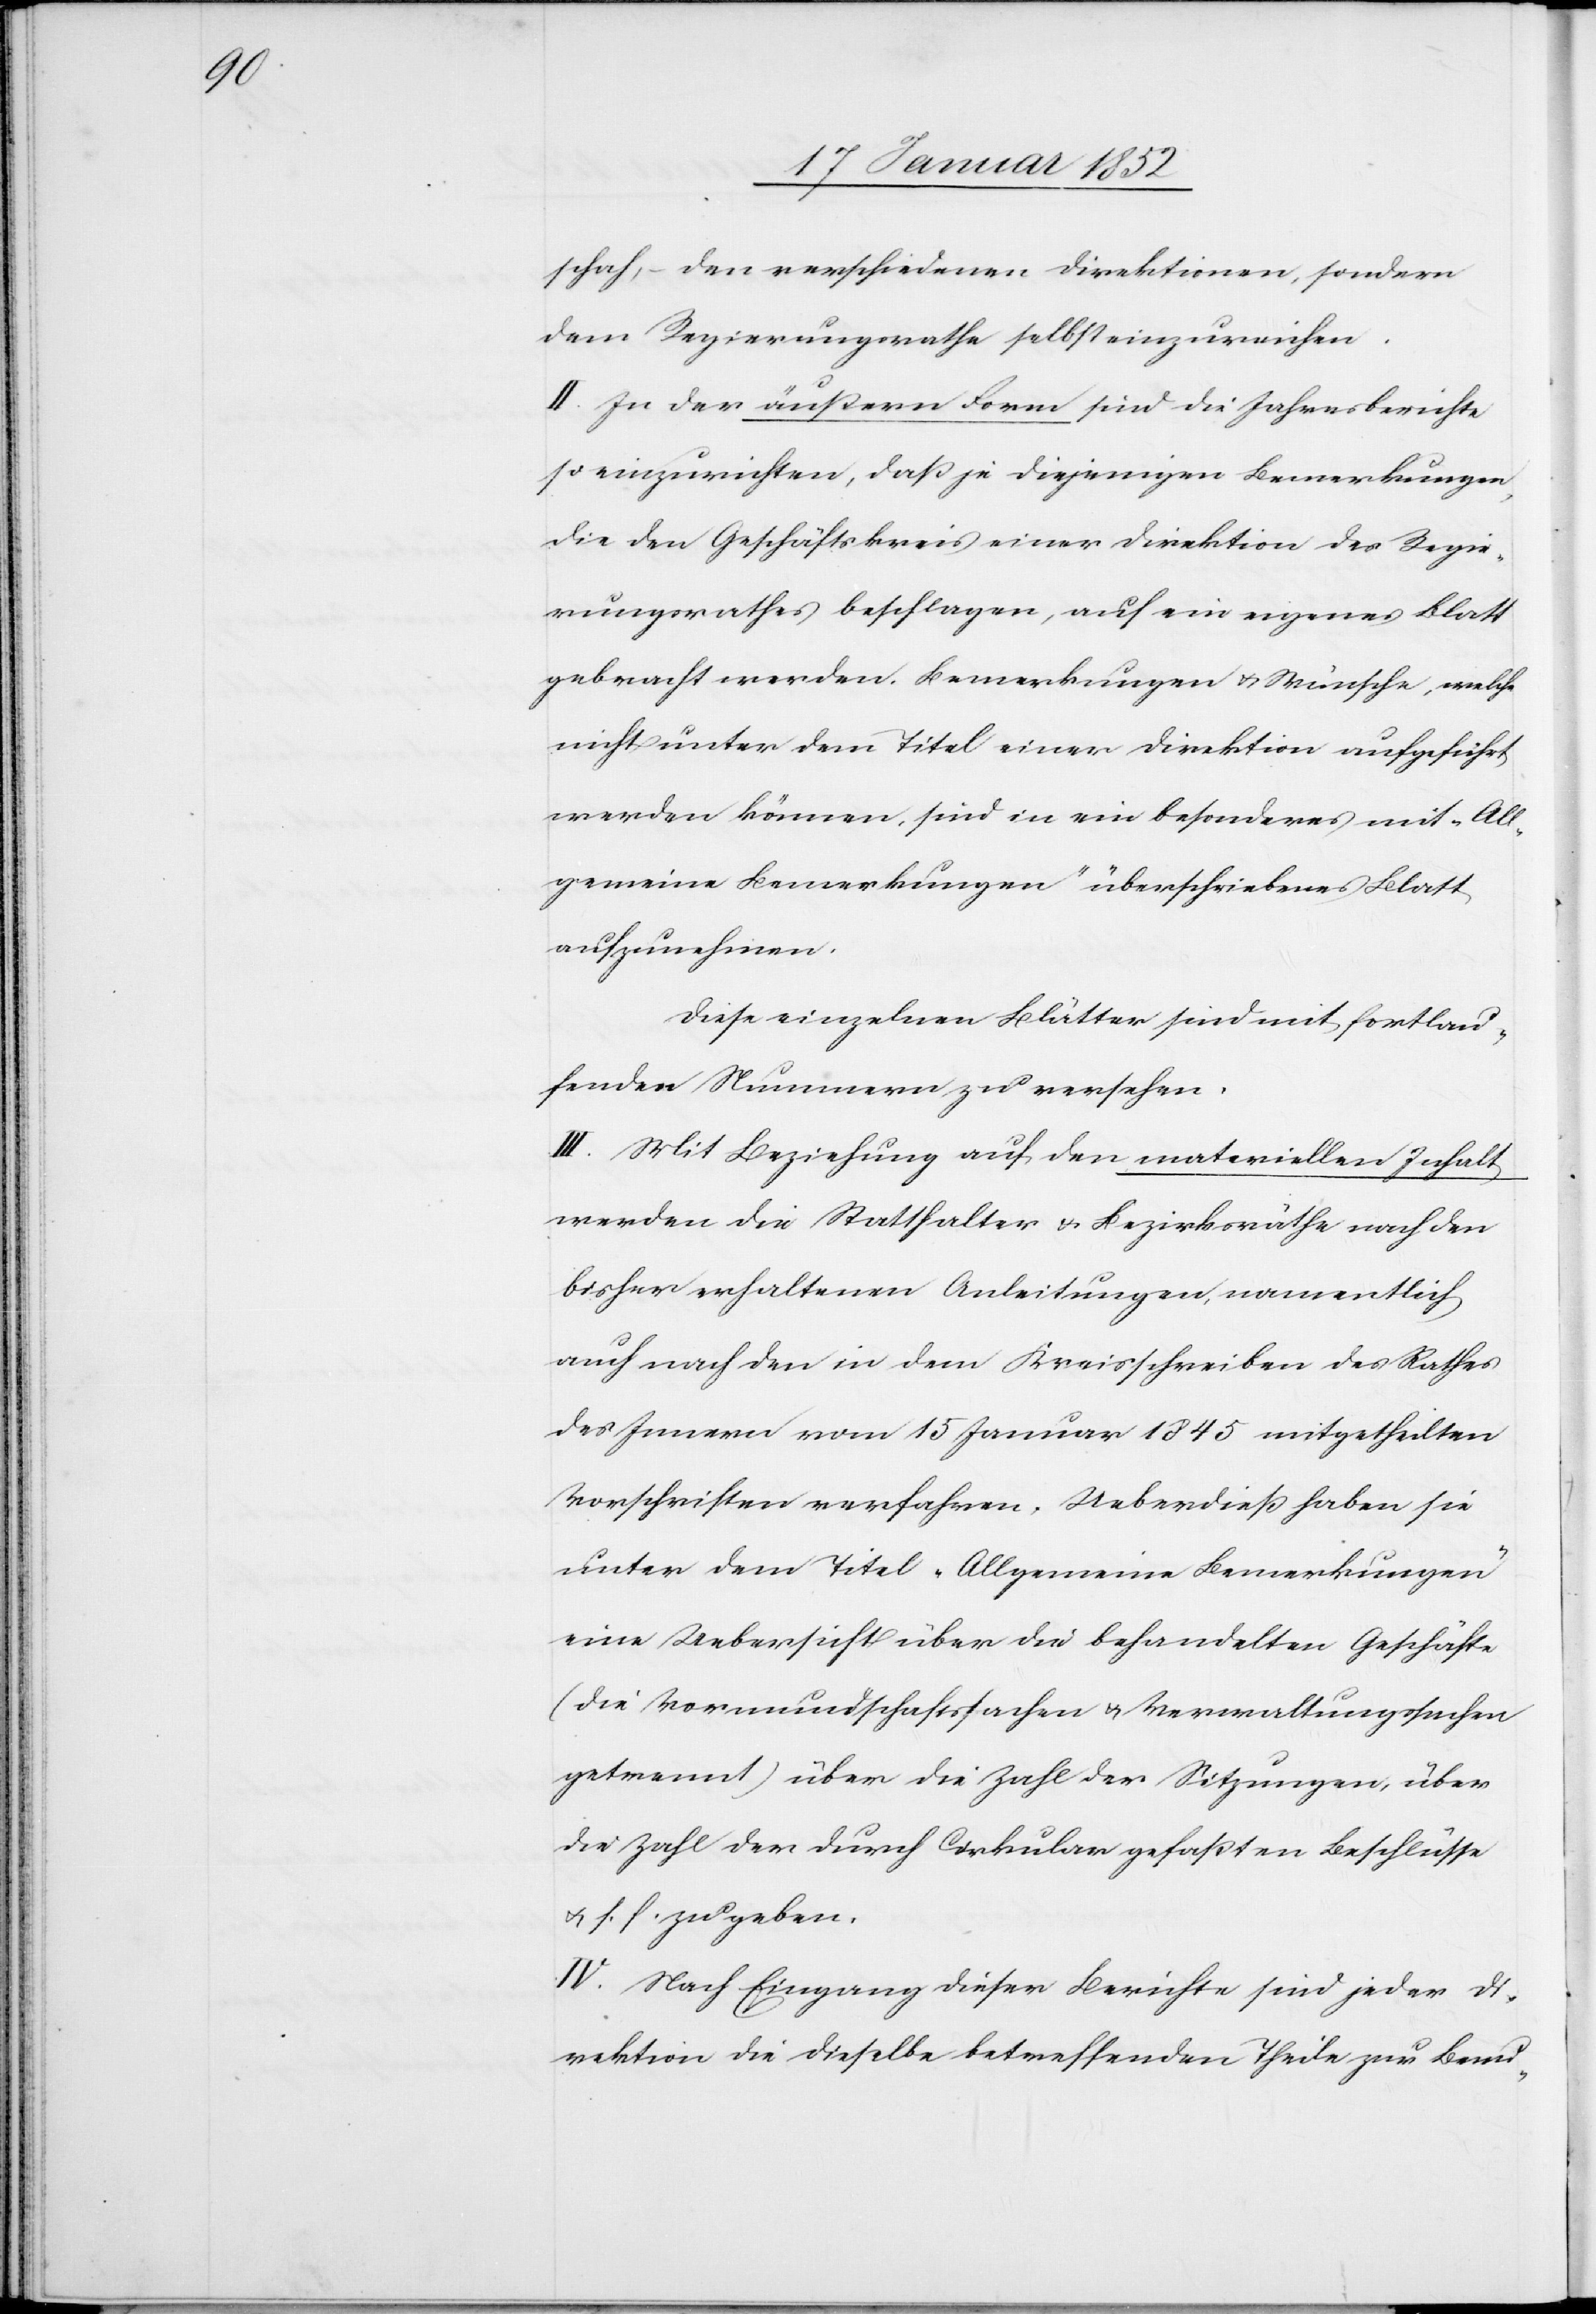
schah, – den verschiedenen Direktionen, sondern
dem Regierungsrathe selbst einzureichen.
II. In der äußern Form sind die Jahresberichte
so einzureichen, daß je diejenigen Bemerkungen,
die den Geschäftskreis einer Direktion des Regie¬
rungsrathes beschlagen, auf ein eigenes Blatt
gebracht werden. Bemerkungen u. Wünsche, welche
nicht unter dem Titel einer Direktion aufgeführt
werden können, sind in ein besonderes mit „All¬
gemeine Bemerkungen“ überschriebenes Blatt
aufzunehmen.
Diese einzelnen Blätter sind mit fortlau¬
fenden Nummern zu versehen.
III. Mit Beziehung auf den materiellen Inhalt
werden die Statthalter u. Bezirksräthe nach den
bisher erhaltenen Anleitungen namentlich
auch nach den in den Kreisschreiben des Rathes
des Innern vom 15 Januar 1845 mitgetheilten
Vorschriften verfahren. Ueberdieß haben sie
unter dem Titel „Allgemeine Bemerkungen“
eine Uebersicht über die behandelten Geschäfte
(die Vormundschaftssachen u. Verwaltungssachen
getrennt) über die Zahl der Sitzungen, über
die Zahl der durch Cirkular gefaßten Beschlüsse
u. s. f. zu geben.
IV. Nach Eingang dieser Berichte, sind jeder Di¬
rektion die dieselbe betreffenden Theile zur Benu-